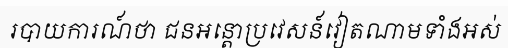
របាយការណ៍ថា ជនអន្តោប្រវេសន៍វៀតណាមទាំងអស់